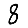
Digit: 8